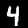
Label: 4